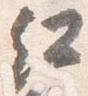
紅